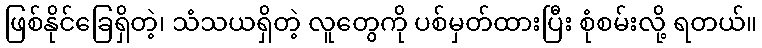
ဖြစ်နိုင်ခြေရှိတဲ့၊ သံသယရှိတဲ့ လူတွေကို ပစ်မှတ်ထားပြီး စုံစမ်းလို့ ရတယ်။